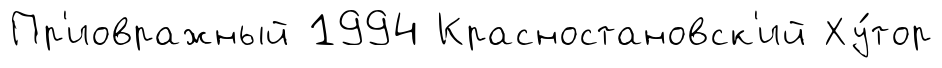
Пр'иовражный 1994 Красностановск'ий Ху́тор